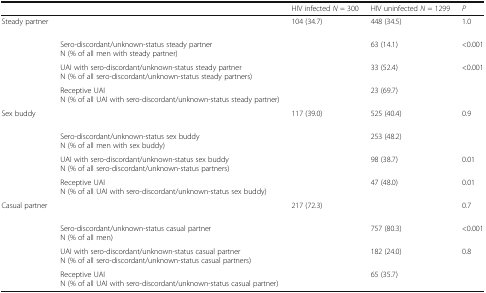
<table><thead><tr><td colspan="2">[EMPTY_CELL]</td><td><b>HIV infected <i>N</i> = 300</b></td><td><b>HIV uninfected <i>N</i> = 1299</b></td><td><b><i>P</i></b></td></tr></thead><tbody><tr><td rowspan="4">Steady partner</td><td>[EMPTY_CELL]</td><td>104 (34.7)</td><td>448 (34.5)</td><td>1.0</td></tr><tr><td>Sero-discordant/unknown-status steady partnerN (% of all men with steady partner)</td><td>[EMPTY_CELL]</td><td>63 (14.1)</td><td>&lt;0.001</td></tr><tr><td>UAI with sero-discordant/unknown-status steady partnerN (% of all sero-discordant/unknown-status steady partners)</td><td>[EMPTY_CELL]</td><td>33 (52.4)</td><td>&lt;0.001</td></tr><tr><td>Receptive UAIN (% of all UAI with sero-discordant/unknown-status steady partner)</td><td>[EMPTY_CELL]</td><td>23 (69.7)</td><td>[EMPTY_CELL]</td></tr><tr><td rowspan="4">Sex buddy</td><td>[EMPTY_CELL]</td><td>117 (39.0)</td><td>525 (40.4)</td><td>0.9</td></tr><tr><td>Sero-discordant/unknown-status sex buddyN (% of all men with sex buddy)</td><td>[EMPTY_CELL]</td><td>253 (48.2)</td><td>[EMPTY_CELL]</td></tr><tr><td>UAI with sero-discordant/unknown-status sex buddyN (% of all sero-discordant/unknown-status partners)</td><td>[EMPTY_CELL]</td><td>98 (38.7)</td><td>0.01</td></tr><tr><td>Receptive UAIN (% of all UAI with sero-discordant/unknown-status sex buddy)</td><td>[EMPTY_CELL]</td><td>47 (48.0)</td><td>0.01</td></tr><tr><td rowspan="4">Casual partner</td><td>[EMPTY_CELL]</td><td>217 (72.3)</td><td>[EMPTY_CELL]</td><td>0.7</td></tr><tr><td>Sero-discordant/unknown-status casual partnerN (% of all men)</td><td>[EMPTY_CELL]</td><td>757 (80.3)</td><td>&lt;0.001</td></tr><tr><td>UAI with sero-discordant/unknown-status casual partnerN (% of all sero-discordant/unknown-status casual partners)</td><td>[EMPTY_CELL]</td><td>182 (24.0)</td><td>0.8</td></tr><tr><td>Receptive UAIN (% of all UAI with sero-discordant/unknown-status casual partner)</td><td>[EMPTY_CELL]</td><td>65 (35.7)</td><td>[EMPTY_CELL]</td></tr></tbody></table>